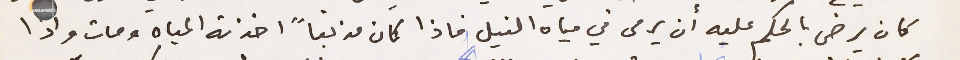
كان يرضى بالحكم عليه أن يرمى في مياه النيل فاذا كان مذنباً اخذته المياه ومات واذا